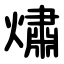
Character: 熽